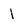
Character: 1